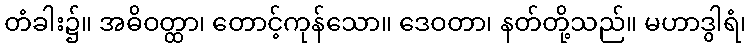
တံခါး၌။ အဓိဝတ္ထာ၊ တောင့်ကုန်သော။ ဒေဝတာ၊ နတ်တို့သည်။ မဟာဒွါရံ၊